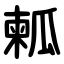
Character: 㼑